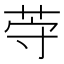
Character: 𱽦